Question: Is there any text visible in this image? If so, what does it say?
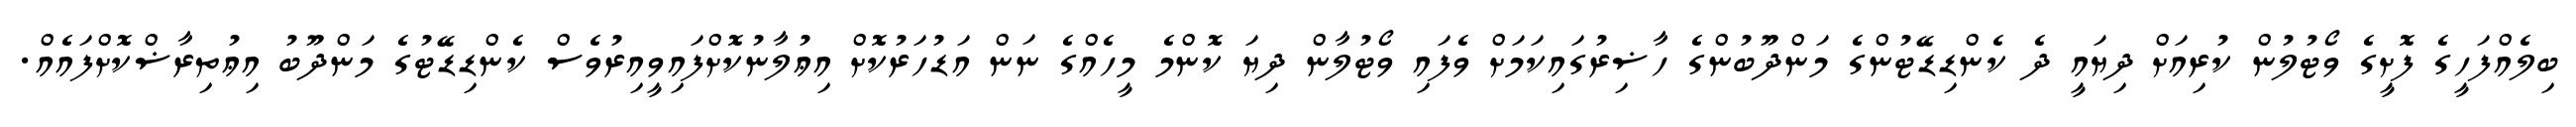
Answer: ބިލެއްފަހީގެ ފޮށީގެ ވޯޓުލުން ކުރިއަށް ދިޔައީ ދެ ކެންޑިޑޭޓުންގެ މަންދޫބުންގެ ހާޟިރުގައިކަމަށް ވެފައި ވޯޓުލާން ދިޔަ ކޮންމެ މީހެއްގެ ނަން އަޑުހަރުކޮށް އިޢުލާނުކޮށްފައިވީއިރުވެސް ކެންޑިޑޭޓުގެ މަންދޫބު އިޢުތިރާޟްކޮށްފައެއް.